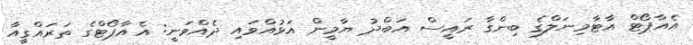
އެއާޕޯޓް އާޓާމިނަލްގެ ބިންގާ ރައީސް އަބްދު ޔާމީން އަޅުއްވައި ދެއްވަނީ: އެއާޕޯޓްގެ ތަރައްގީއާ